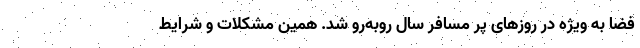
فضا به ویژه در روزهای پر مسافر سال روبه‌رو شد. همین مشکلات و شرایط